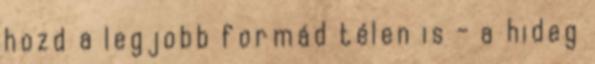
hozd a legjobb formád télen is - a hideg